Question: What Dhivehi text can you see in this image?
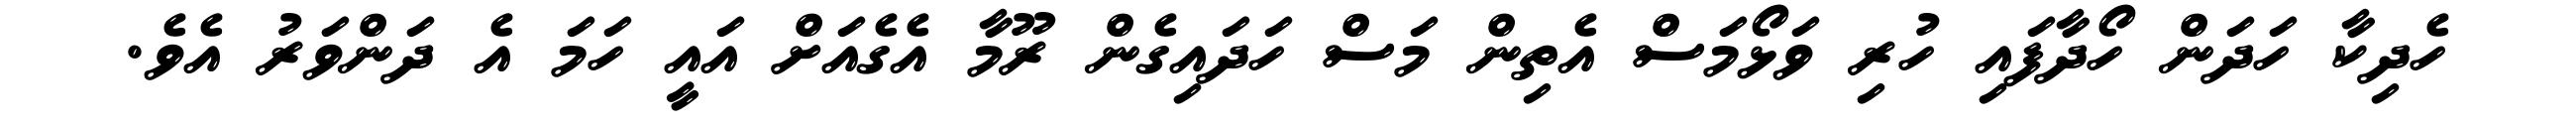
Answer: ހެދިކާ ހަދަން ހޯދާފައި ހުރި ވަޅޯމަސް އެތިން މަސް ހަދައިގެން ރޫމާ އެގެއަށް އައީ ހަމަ އެ ދަންވަރު އެވެ.